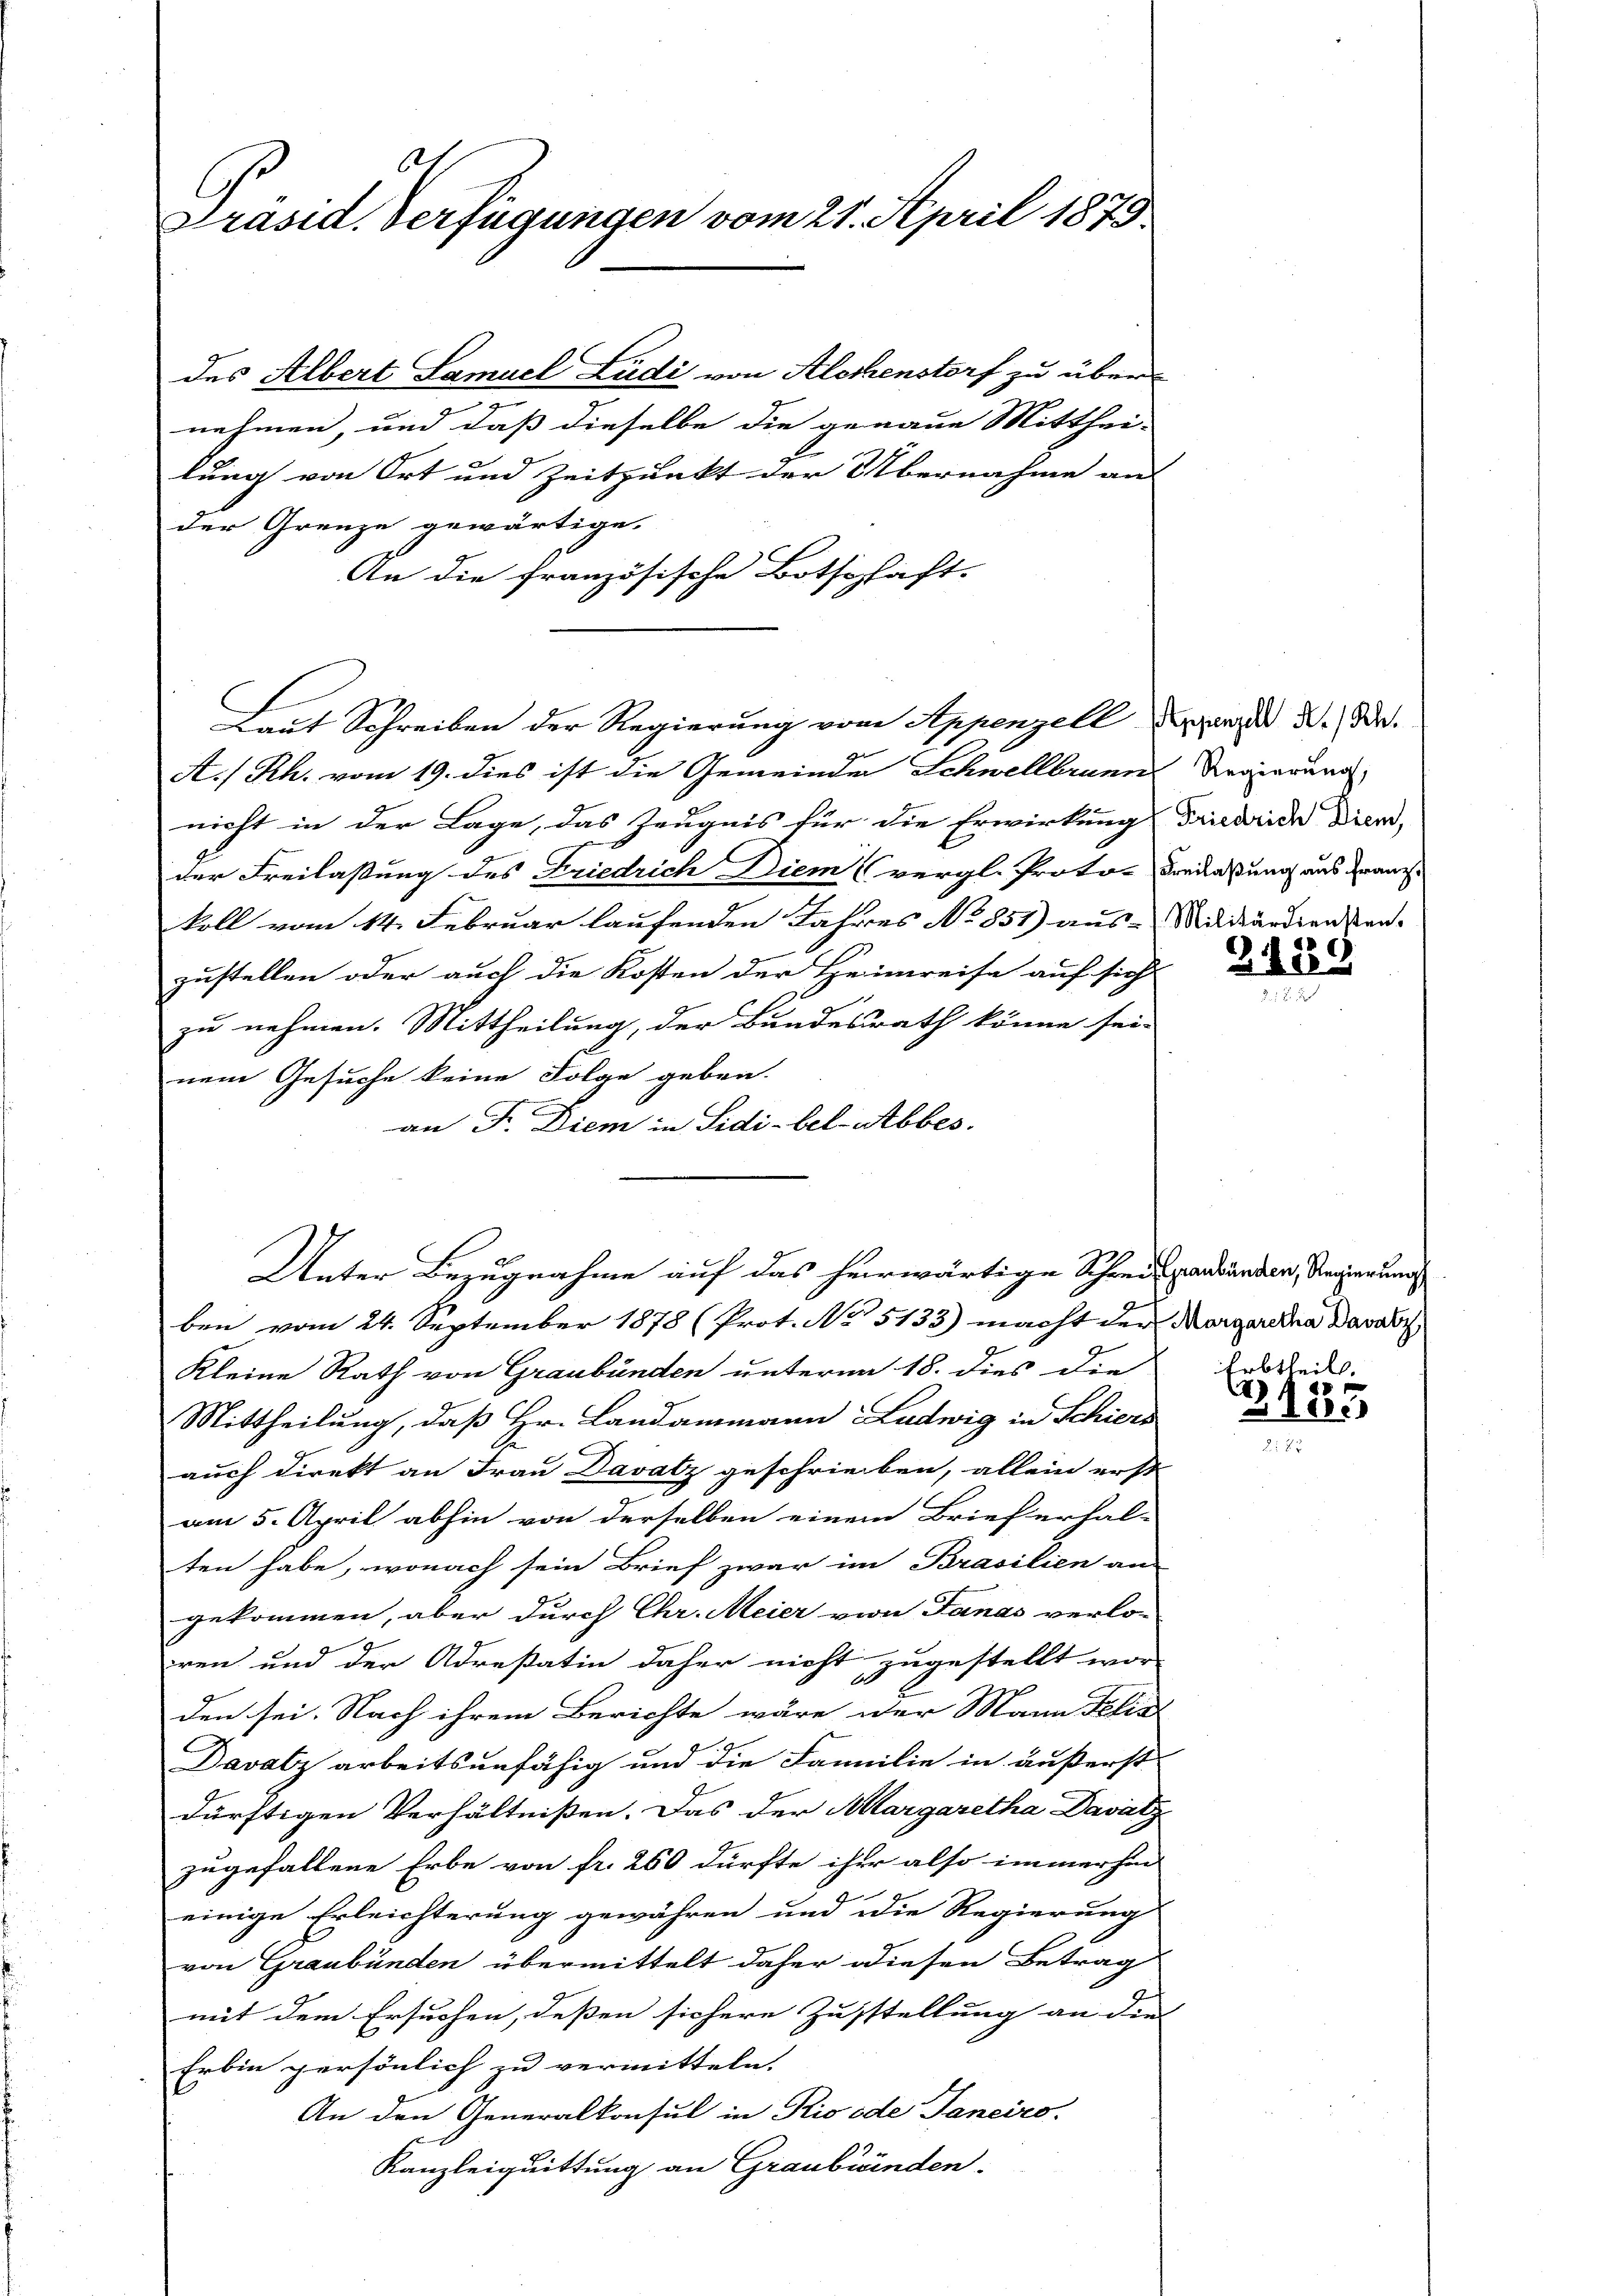
6
Präsid. Verfügungen vom 21. April 1879

des Albert Samuel Ludi von Alochenstorf zu übernehmen, und dass dieselbe die genaue Mitthei-
lung von Ort und Zeitpunkt der Übernahme an
nicht in der Lage, das Zeugnis für die Erwirkung Friedrida Dien,
der Freilassung des Friedrich Diem (vergl. Proto-Freilaßung aus Franz
koll vom 14. Februar laufenden Jahres No 851) aus-Militärdiensten-
zustellen oder auch die Kosten der Heimreise auf sich
zu nehmen. Mittheilung, der Bundesrath könne sei.
nem Gesuche keine Folge geben.
an Fr. Diem in Sidi-bel-Abbes.

der Grenze gewärtige.
An die französische Botschaft-
Tait Schreiben der Regierung von Appenzell zers d. d.
A/Rh. vom 19. dies ist die Gemeinde Schwellbrunn

Kleine Rath von Graubünden unterm 18. dies die
Mittheilung, daß Hr. Landammann Ludwig in Schiers
auch direkt an Frau Davatz geschrieben, allein erst
am 5. April abhin von derselben einem Brieferhal-
ten habe, wonach sein Brief zwar im Brasilien an
gekommen, aber durch Chr. Meier von Janas verlo-
ren und der Adrestatin daher nicht zugestellt wor-
60
den sei. Nach ihrem Berichte wäre der Mann Klis
Davatz arbeitsunfähig und die Familie in äußerst
dürftigen Verhältnißen. Das der Margaretha Davatz
zugefallene Erbe von fr. 260 dürfte ihr also immerhin
einige Erleichterung gewähren und die Regierung
von Graubünden übermittelt daher diesen Betrag
mit dem Ersuchen, deßen sichere Zustellung an die
Erbin persönlich zu vermitteln.
An den Generalkonsul in Rio öde Janeiro
Kanzleiquittung an Graubünden.

Unter Bezugnahme auf das herwärtige Schweigandänden, Regierung
ben vom 24. September 1878 (Prot. No 5133) macht der Margarina darabis

Regierung,

2489

Erbtheil.

2185